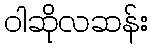
ဝါဆိုလဆန်း